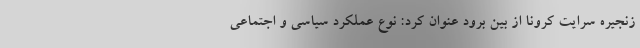
زنجیره سرایت کرونا از بین برود عنوان کرد: نوع عملکرد سیاسی و اجتماعی